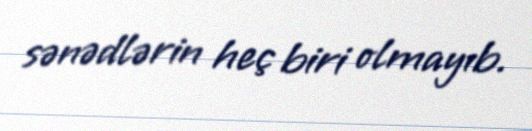
sənədlərin heç biri olmayıb.